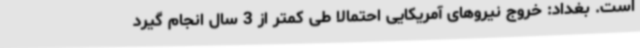
است. بغداد: خروج نیروهای آمریکایی احتمالا طی کمتر از 3 سال انجام گیرد